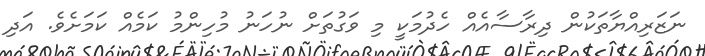
ނަޒަރިއްޔާތަކުން ދިރާސާއެއް ހެދުމަކީ މި ވަގުތަށް ނުހަނު މުހިންމު ކަމެއް ކަމަށެވެ. އަދި